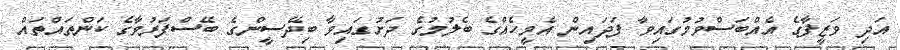
އަދި ވަޒީފާގެ އެއްބަސްވުމުގައިވާ ފަދައިން އެމީހެއްގެ ބެލުމުގެ ދަަށުގައިވާ ބިދޭސީންގެ ބޭސްފަރުވާގެ ކަންތައްތައް